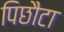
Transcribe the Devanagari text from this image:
पिछौटा